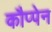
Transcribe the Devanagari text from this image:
कौप्पेन